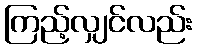
ကြည့်လျှင်လည်း